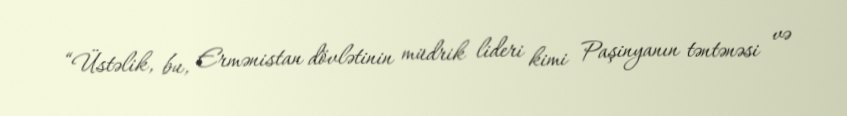
“Üstəlik, bu, Ermənistan dövlətinin müdrik lideri kimi Paşinyanın təntənəsi və